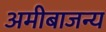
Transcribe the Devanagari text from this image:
अमीबाजन्य